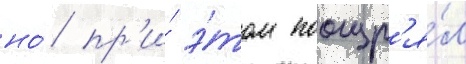
но́ пр'и́ э́том поощр'я́л